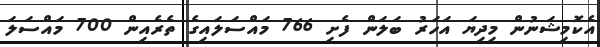
އެކޮމިޝަނުން މިދިޔަ އަހަރު ބަލަން ފެށި 766 މައްސަލައިގެ ތެރެއިން 700 މައްސަލަ